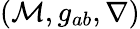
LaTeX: (\mathcal{M},g_{ab},\nabla)